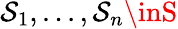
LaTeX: \textstyle{\mathcal{S}_{1},...,\mathcal{S}_{n}}\inS